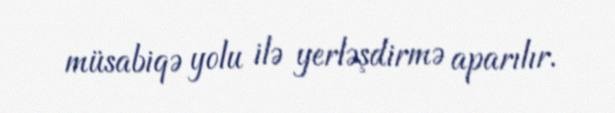
müsabiqə yolu ilə yerləşdirmə aparılır.